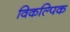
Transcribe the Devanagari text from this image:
विकल्पिक